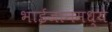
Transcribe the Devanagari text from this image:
भाईजानमध्ये